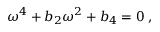
{ \omega } ^ { 4 } + b _ { 2 } { \omega } ^ { 2 } + b _ { 4 } = 0 \; ,